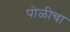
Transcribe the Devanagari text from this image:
पोळीचा